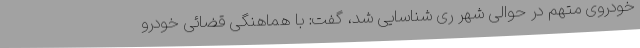
خودروی متهم در حوالی شهر ری شناسایی شد، گفت: با هماهنگی قضائی خودرو